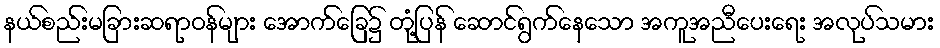
နယ်စည်းမခြားဆရာဝန်များ အောက်ခြေ၌ တုံ့ပြန် ဆောင်ရွက်နေသော အကူအညီပေးရေး အလုပ်သမား